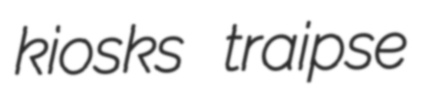
kiosks traipse